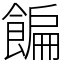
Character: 䭏